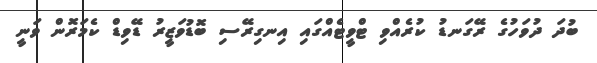
ބުދަ ދުވަހުގެ ރޭގަނޑު ކުރެއްވި ޓްވީޓެއްގައި އިނގިރޭސި ބޮޑުވަޒީރު ޑޭވިޑް ކެމަރޮން ވަނީ